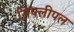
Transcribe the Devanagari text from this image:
सिंपलीपल